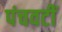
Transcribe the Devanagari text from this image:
पंचवटीं